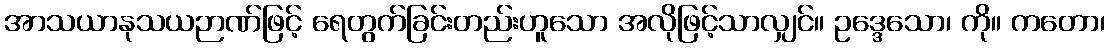
အာသယာနုသယဉာဏ်ဖြင့် ရေတွက်ခြင်းတည်းဟူသော အလိုဖြင့်သာလျှင်။ ဥဒ္ဒေသော၊ ကို။ ကတော၊